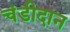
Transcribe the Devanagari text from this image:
चंडीदान